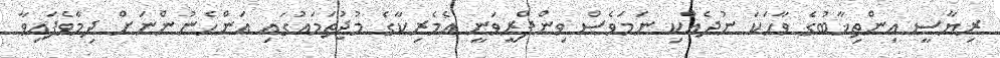
ރިޔާސީ އިންތިޚާބުގެ ވާހަކަ ނުދެއްކި ނަމަވެސް ވިންފްރީވަނީ އެމެރިކާގެ މުޖުތަމައުގައި އަންހެނުންނަށް ދިމާވެފައިވާ